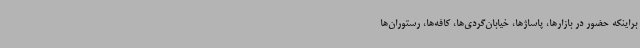
براینکه حضور در بازارها، پاساژها، خیابان‌گردی‌ها، کافه‌ها، رستوران‌ها